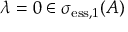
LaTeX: \lambda = 0 \in \sigma _ { \mathrm { e s s } , 1 } ( A )